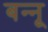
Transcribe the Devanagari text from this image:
बन्‍नू